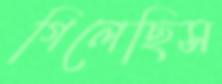
গিলেছিস